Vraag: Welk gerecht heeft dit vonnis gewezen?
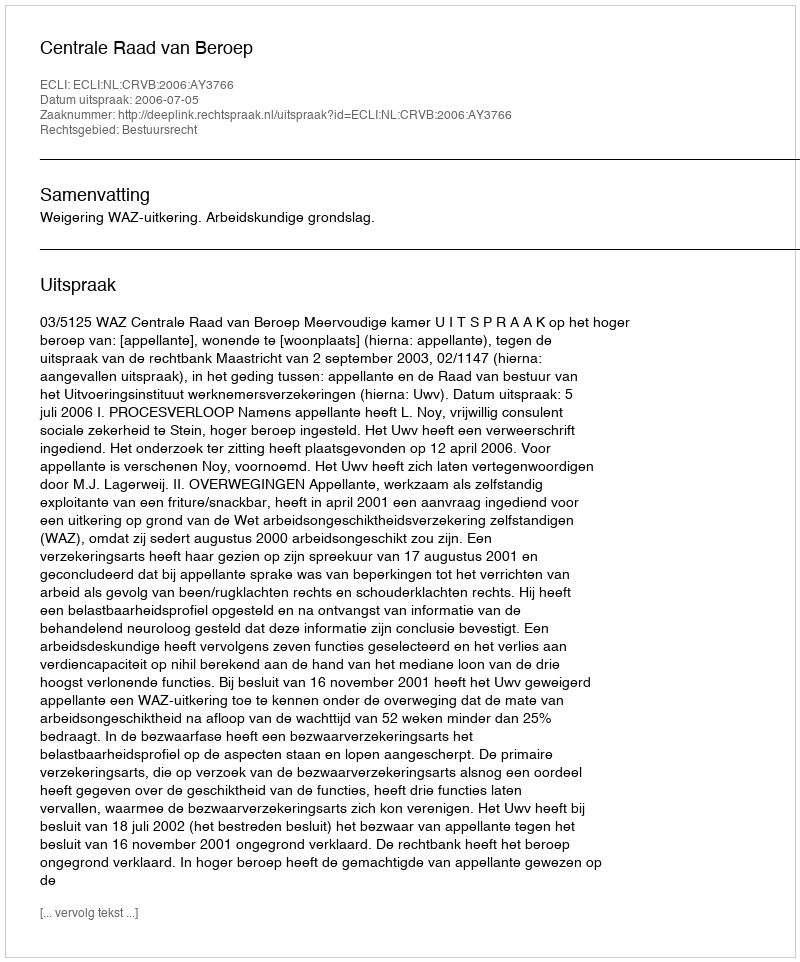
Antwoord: Centrale Raad van Beroep